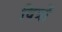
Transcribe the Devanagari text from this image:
वित्रों